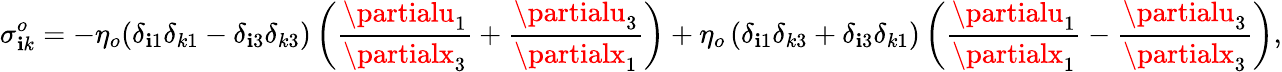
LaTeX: \sigma_{\mathbf{i}k}^{o}=-\eta_{o}(\delta_{\mathbf{i}1}\delta_{k1}-\delta_{\mathbf{i}3}\delta_{k3})\left(\frac{{\partialu_{1}}}{{\partialx_{3}}}+\frac{{\partialu_{3}}}{{\partialx_{1}}}\right)+\eta_{o}\left(\delta_{\mathbf{i}1}\delta_{k3}+\delta_{\mathbf{i}3}\delta_{k1}\right)\left(\frac{{\partialu_{1}}}{{\partialx_{1}}}-\frac{{\partialu_{3}}}{{\partialx_{3}}}\right),